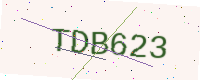
Text: TDB623